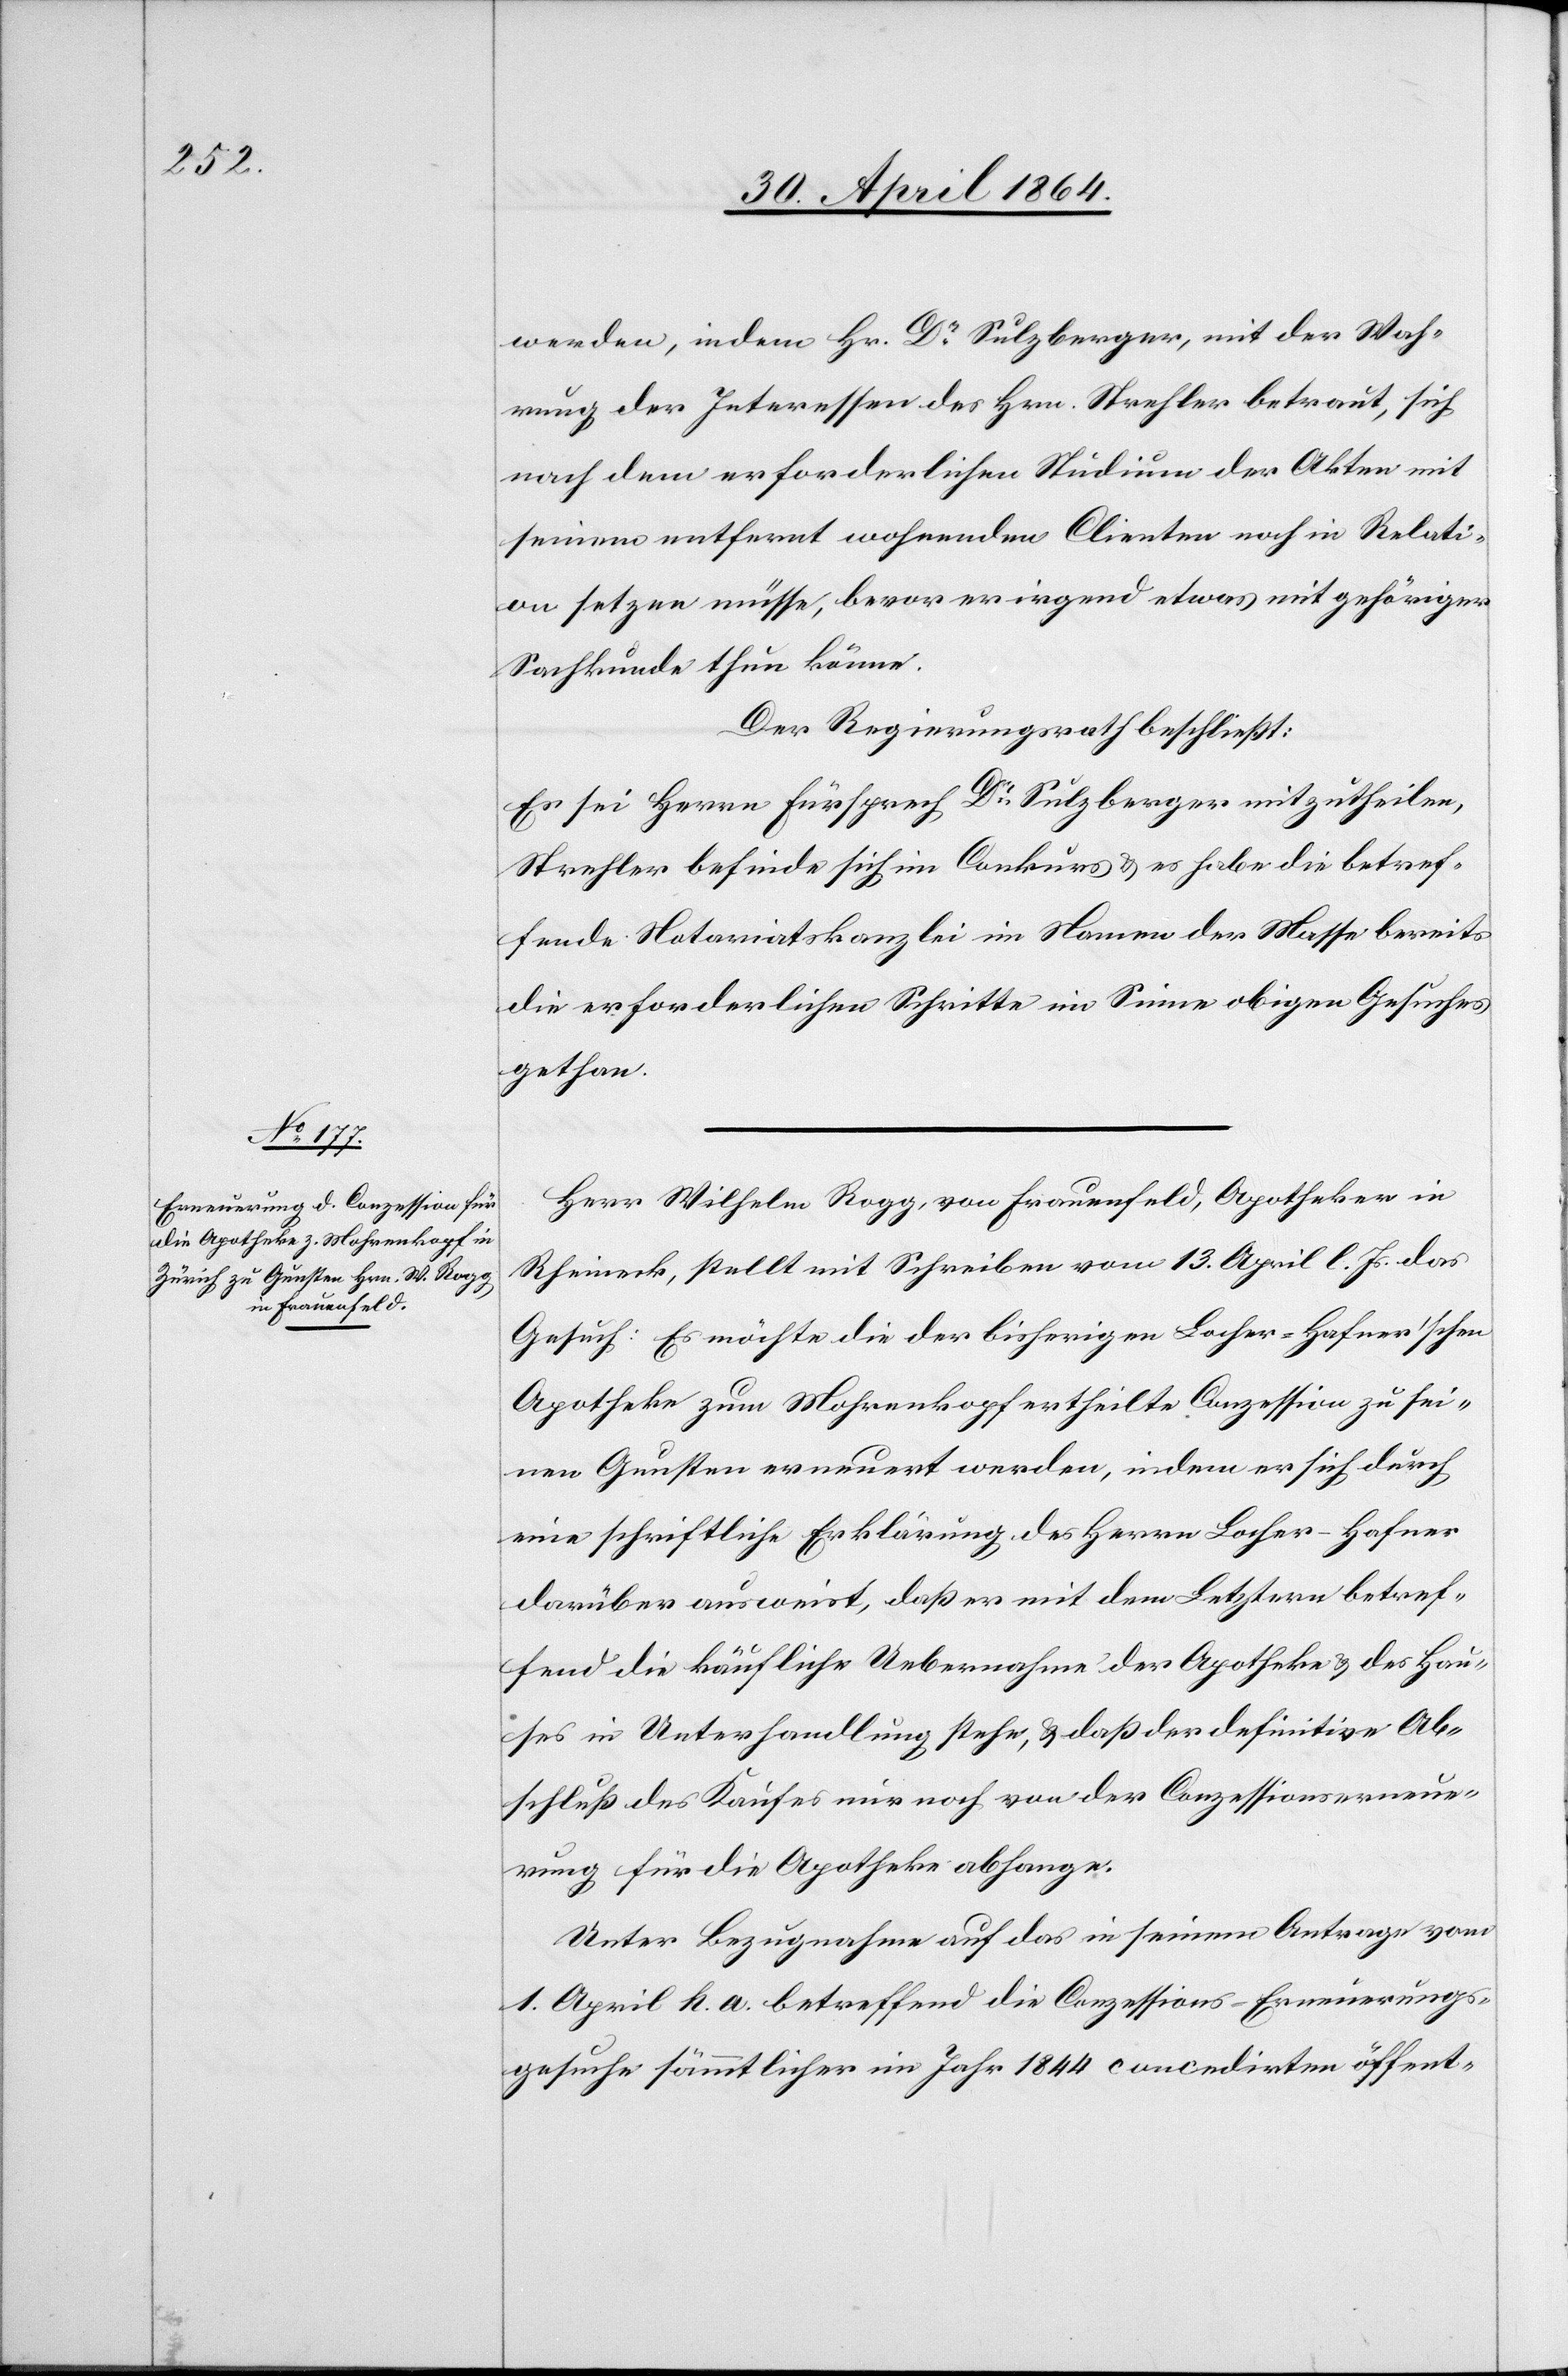
werden, indem Hr. Dr Sulzberger, mit der Wah¬
rung der Interessen des Hrn. Strehler betraut, sich
nach dem erforderlichen Studium der Akten mit
seinem entfernt wohnenden Clienten noch in Relati¬
onen setzen müsse, bevor er irgend etwas mit gehörigem
Sachkunde thun könne.
Der Regierungsrath beschließt:
Es sei Herrn Fürsprech Dr Sulzberger mitzutheilen,
Strehler befinde sich im Conkurs u. es habe die betref¬
fende Notariatskanzlei im Namen der Masse bereits
die erforderlichen Schritte im Sinne obigen Gesuches
gethan.
Herr Wilhelm Rogg, von Frauenfeld, Apotheker in
Rheineck, stellt mit Schreiben vom 13. April l. Js. das
Gesuch: Es möchte die der bisherigen Locher-Hafner’schen
Apotheke zum Mohrenkopf ertheilte Conzession zu sei¬
nen Gunsten erneuert werden, indem er sich durch
eine schriftliche Erklärung des Herrn Locher-Hafner
darüber ausweist, daß er mit dem Letztern betref¬
fend die käufliche Uebernahme der Apotheke u. des Hau¬
ses in Unterhandlung stehe, u. daß der definitive Ab¬
schluß des Kaufes nur noch von der Conzessionserneue¬
rung für die Apotheke abhange.
Unter Bezugnahme auf das in seinem Antrage vom
1. April h. a. betreffend die Conzessions-Erneuerungs¬
gesuche sämmtlicher im Jahr 1844 concedirten öffent-